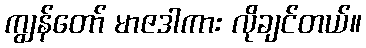
ကျွန်တော် မာဇဒါကား လိုချင်တယ်။